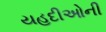
યહૂદીઓની